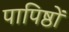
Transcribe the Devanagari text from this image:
पापिष्ठों